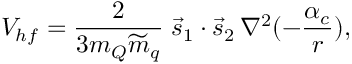
V _ { h f } = { \frac { 2 } { 3 m _ { Q } { \widetilde { m } } _ { q } } } \; \vec { s } _ { 1 } \cdot \vec { s } _ { 2 } \, \nabla ^ { 2 } ( - { \frac { \alpha _ { c } } { r } } ) ,